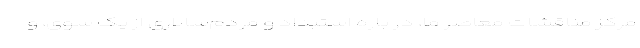
مرکز مناقشات معاصر ما، در باره استبداد و مردم‌سالاری از یک سوی، و